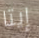
إيتا